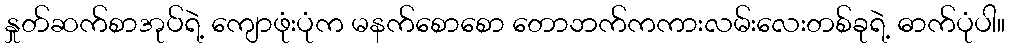
နှုတ်ဆက်စာအုပ်ရဲ့ ကျောဖုံးပုံက မနက်စောစော တောဘက်ကကားလမ်းလေးတစ်ခုရဲ့ ဓာက်ပုံပါ။